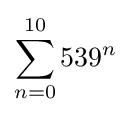
\sum _{n=0}^{10}{539}^{n}